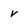
Character: v